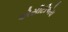
એસીટીએચ